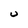
Character: U